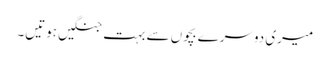
میری دوسرے بچوں سے بہت جنگیں ہوتیں۔